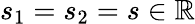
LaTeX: s_{1}=s_{2}=s\in\mathbb{R}